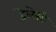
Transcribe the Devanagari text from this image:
हेलेसी